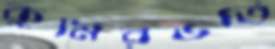
কুমিরভর্তি